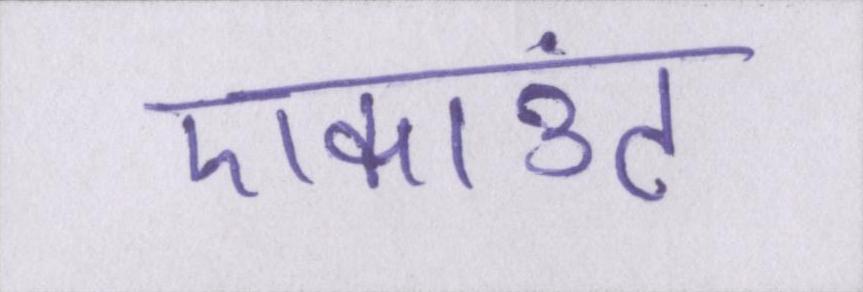
एकाउंट